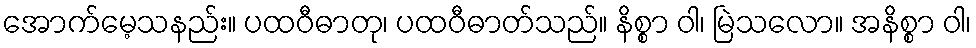
အောက်မေ့သနည်း။ ပထဝီဓာတု၊ ပထဝီဓာတ်သည်။ နိစ္စာ ဝါ၊ မြဲသလော။ အနိစ္စာ ဝါ၊